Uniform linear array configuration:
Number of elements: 12
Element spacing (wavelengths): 0.5
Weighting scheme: hann
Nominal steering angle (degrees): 15
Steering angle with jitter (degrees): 16.817
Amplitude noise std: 0.05
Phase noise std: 0.05

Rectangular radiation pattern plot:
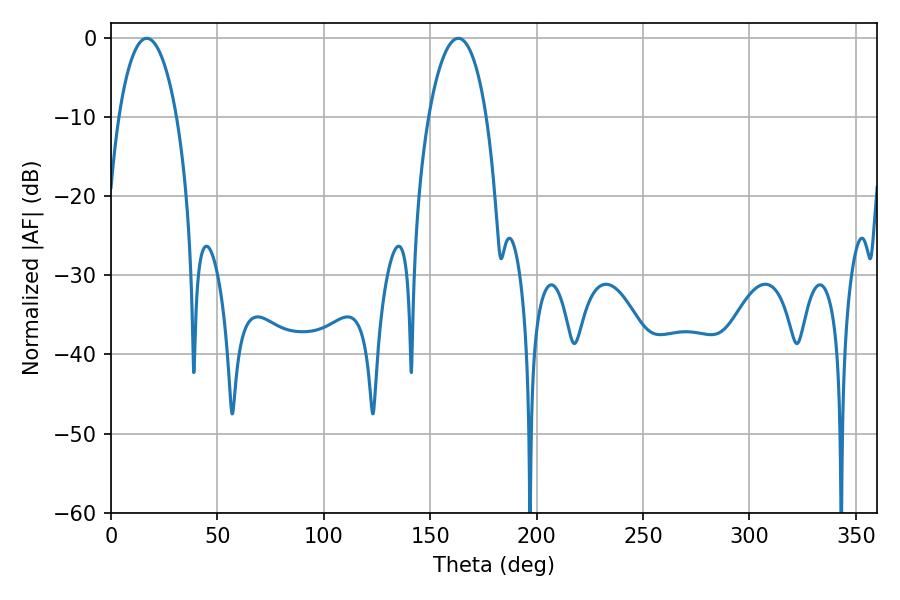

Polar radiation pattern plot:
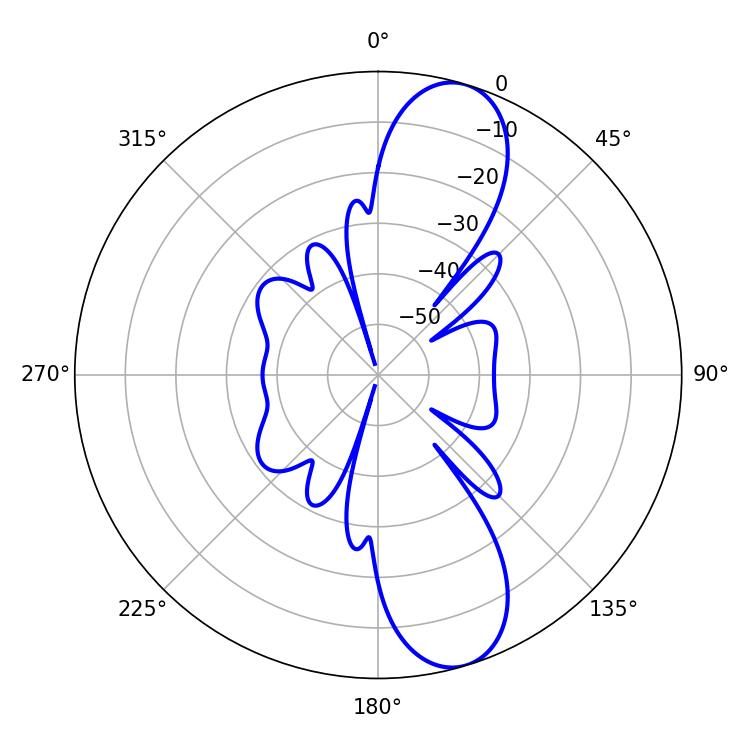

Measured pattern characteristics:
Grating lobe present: FALSE
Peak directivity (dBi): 10.854
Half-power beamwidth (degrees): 15.3
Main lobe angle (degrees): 16.74